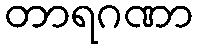
တာရဂဏာ